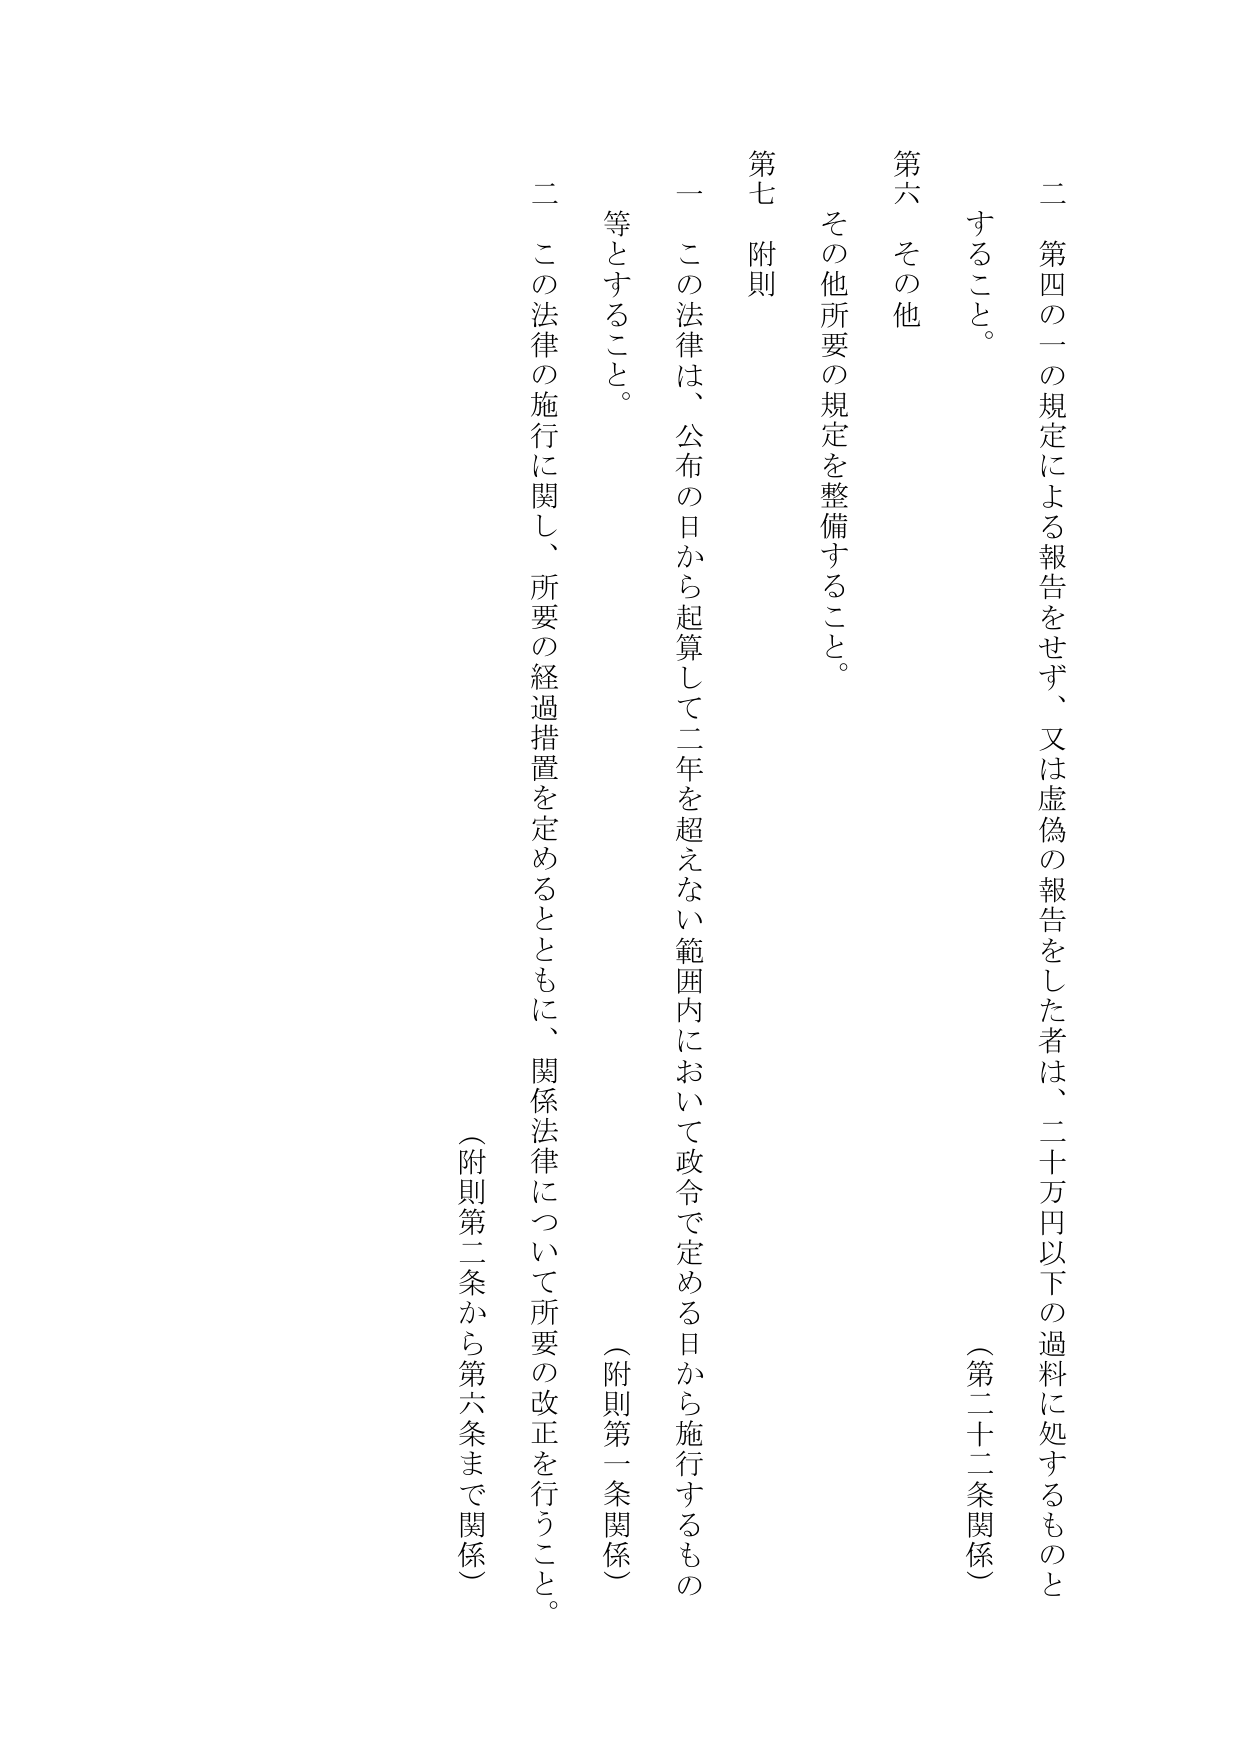
二 第四の二の規定による報告をせず、又は虚偽の報告をした者は、二十万円以下の過料に処するものとすること。

（第二十二条関係）

第六 その他

その他所要の規定を整備すること。

第七 附則

一 この法律は、公布の日から起算して二年を超えない範囲内において政令で定める日から施行するもの等とすること。

（附則第一条関係）

二 この法律の施行に関し、所要の経過措置を定めるとともに、関係法律について所要の改正を行うこと。

（附則第二条から第六条まで関係）